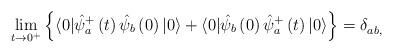
LaTeX: \begin{align*}\lim_{t\rightarrow 0^{+}}\left\{ \langle 0|\hat{\psi}_a^{+}\left( t\right) \hat{\psi}_b\left( 0\right) |0\rangle +\langle 0|\hat{\psi}_b\left( 0\right) \hat{\psi}_a^{+}\left( t\right) |0\rangle \right\} =\delta _{ab,}^{}\end{align*}